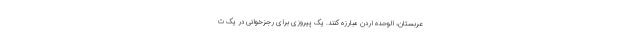
عربستان، الوحده اردن مبارزه کنند. یک پیروزی برای رجزخوانی در یک ت